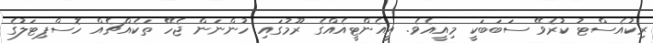
ރިކުއެސްޓު ކުރެވޭ ސަބަބަކީ މިއީއެވެ. އީއެންޓީއެއްގެ ރޫމުގައި ހުންނަން ޖެހޭ ތަކެއްޗެއް ހޮސްޕިޓަލުގެ